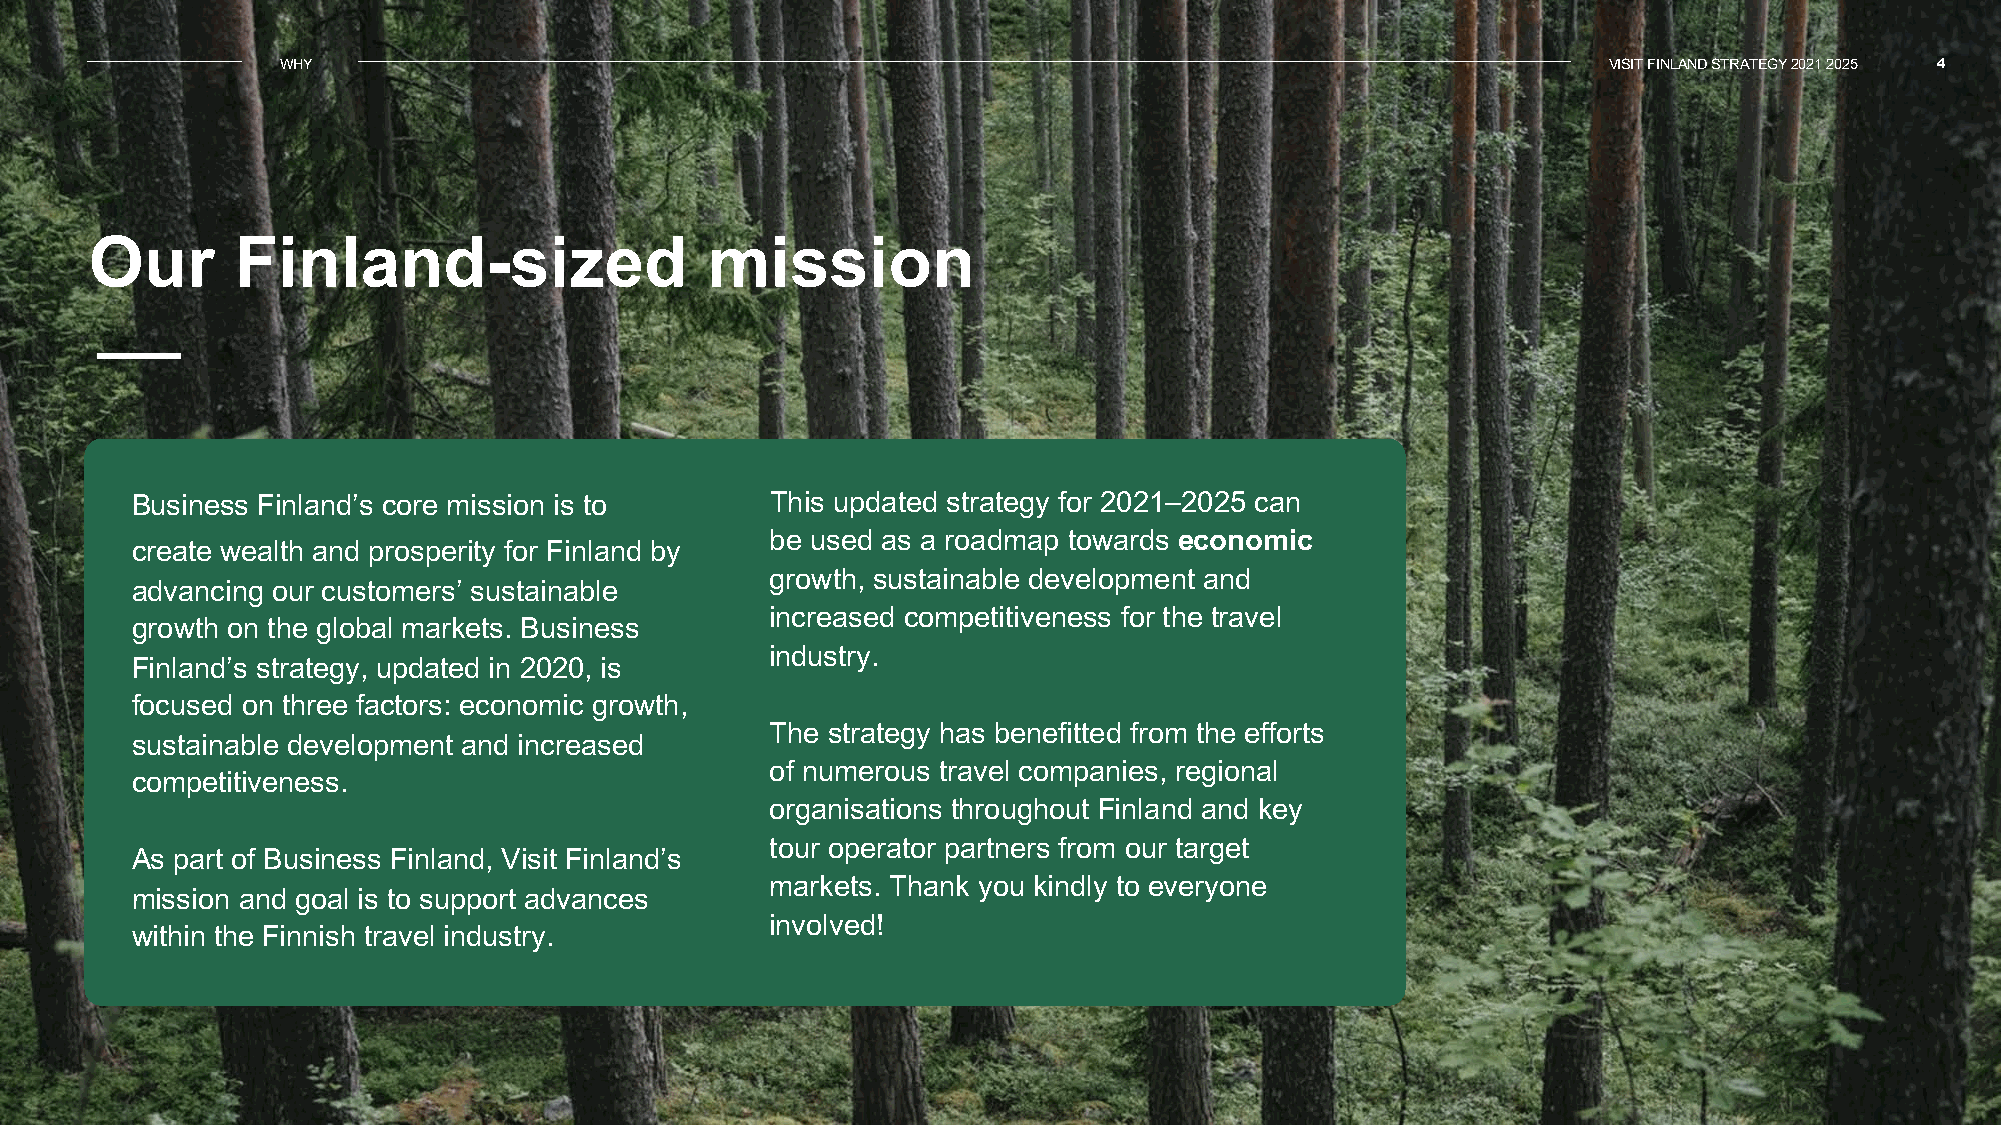
WHY                                                                                    VISIT FINLAND STRATEGY 2021- 2025 4
 Our       Finland-sized                  mission
 Business Finland’s core mission is to     This updated strategy for 2021–2025 can
 be us ed a s a roadm ap towards economic
 create wealth and prosperity for Finland by
 growth, sustainable development and
 advancing our customers’ sustainable
 increased competitiveness for the travel
 growth on the global markets. Business
 industry.
 Finland’s strategy, updated in 2020, is
 focused on three factors: economic growth,
 The strategy has benefitted from the efforts
 sustainable development and increased
 of numerous travel companies, regional
 competitiveness.
 organisations throughout Finland and key
 tour operator partners from our target
 As part of Business Finland, Visit Finland’s
 markets. Thank you kindly to everyone
 mission and goal is to support advances
 involved!
 within the Finnish travel industry.